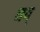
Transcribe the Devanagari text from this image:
नय्